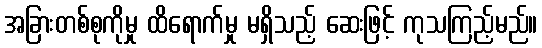
အခြားတစ်စုကိုမှု ထိရောက်မှု မရှိသည့် ဆေးဖြင့် ကုသကြည့်မည်။